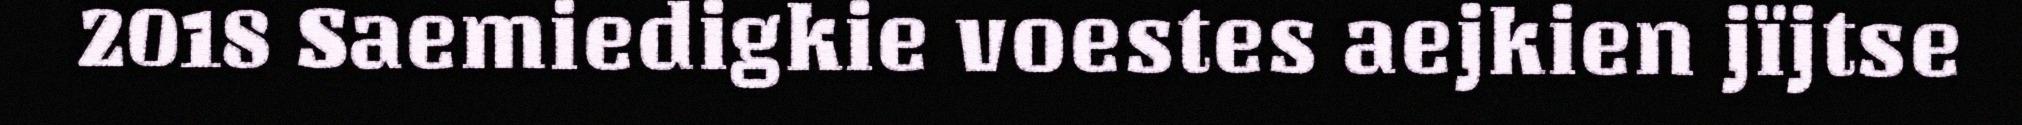
2018 Saemiedigkie voestes aejkien jïjtse